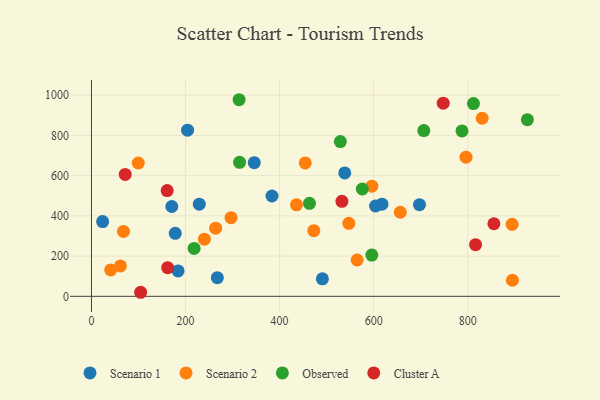
{"axis": {"x": "Experience", "y": "Fuel Efficiency"}, "legend": ["Cluster A", "Observed", "Scenario 1", "Scenario 2"], "data": [{"x": "491.0", "y": 87.0, "type": "Scenario 1"}, {"x": "267.6", "y": 92.6, "type": "Scenario 1"}, {"x": "23.7", "y": 371.5, "type": "Scenario 1"}, {"x": "697.4", "y": 456.0, "type": "Scenario 1"}, {"x": "383.8", "y": 499.0, "type": "Scenario 1"}, {"x": "346.1", "y": 664.6, "type": "Scenario 1"}, {"x": "184.1", "y": 126.2, "type": "Scenario 1"}, {"x": "170.8", "y": 446.7, "type": "Scenario 1"}, {"x": "617.6", "y": 458.3, "type": "Scenario 1"}, {"x": "178.1", "y": 313.5, "type": "Scenario 1"}, {"x": "229.2", "y": 458.3, "type": "Scenario 1"}, {"x": "204.3", "y": 826.2, "type": "Scenario 1"}, {"x": "538.5", "y": 613.6, "type": "Scenario 1"}, {"x": "604.0", "y": 449.1, "type": "Scenario 1"}, {"x": "99.5", "y": 663.0, "type": "Scenario 2"}, {"x": "240.1", "y": 284.2, "type": "Scenario 2"}, {"x": "68.0", "y": 322.7, "type": "Scenario 2"}, {"x": "547.2", "y": 363.0, "type": "Scenario 2"}, {"x": "264.0", "y": 339.0, "type": "Scenario 2"}, {"x": "454.5", "y": 663.6, "type": "Scenario 2"}, {"x": "435.9", "y": 455.2, "type": "Scenario 2"}, {"x": "472.7", "y": 326.5, "type": "Scenario 2"}, {"x": "796.3", "y": 692.0, "type": "Scenario 2"}, {"x": "596.1", "y": 547.9, "type": "Scenario 2"}, {"x": "61.6", "y": 151.3, "type": "Scenario 2"}, {"x": "40.8", "y": 131.1, "type": "Scenario 2"}, {"x": "564.9", "y": 180.8, "type": "Scenario 2"}, {"x": "895.0", "y": 79.9, "type": "Scenario 2"}, {"x": "830.7", "y": 885.6, "type": "Scenario 2"}, {"x": "656.6", "y": 418.1, "type": "Scenario 2"}, {"x": "894.4", "y": 358.1, "type": "Scenario 2"}, {"x": "296.7", "y": 390.9, "type": "Scenario 2"}, {"x": "812.2", "y": 958.6, "type": "Observed"}, {"x": "529.2", "y": 769.5, "type": "Observed"}, {"x": "314.9", "y": 666.2, "type": "Observed"}, {"x": "787.8", "y": 822.5, "type": "Observed"}, {"x": "575.8", "y": 533.8, "type": "Observed"}, {"x": "706.6", "y": 824.0, "type": "Observed"}, {"x": "926.8", "y": 878.5, "type": "Observed"}, {"x": "596.0", "y": 205.2, "type": "Observed"}, {"x": "218.2", "y": 238.0, "type": "Observed"}, {"x": "463.5", "y": 462.5, "type": "Observed"}, {"x": "313.8", "y": 977.6, "type": "Observed"}, {"x": "747.9", "y": 960.3, "type": "Cluster A"}, {"x": "816.6", "y": 257.1, "type": "Cluster A"}, {"x": "160.9", "y": 525.9, "type": "Cluster A"}, {"x": "104.5", "y": 20.2, "type": "Cluster A"}, {"x": "162.0", "y": 142.3, "type": "Cluster A"}, {"x": "855.6", "y": 360.8, "type": "Cluster A"}, {"x": "71.7", "y": 606.0, "type": "Cluster A"}, {"x": "532.5", "y": 472.5, "type": "Cluster A"}]}